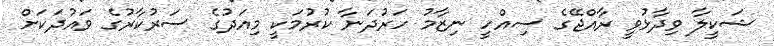
ޝަކީލާ ވިދާޅުވީ ރާއްޖޭގެ ސިއްހީ ނިޒާމު ހަރުދަނާ ކުރުމަކީ މިއަދުގެ ސަރުކާރުގެ ވައުދަކަށް